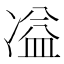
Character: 𭂚